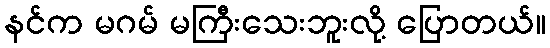
နင်က မဂမ် မကြီးသေးဘူးလို့ ပြောတယ်။